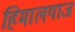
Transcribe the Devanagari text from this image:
हिमालयाज